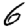
Digit: 6